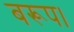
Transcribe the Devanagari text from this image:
बरूप।